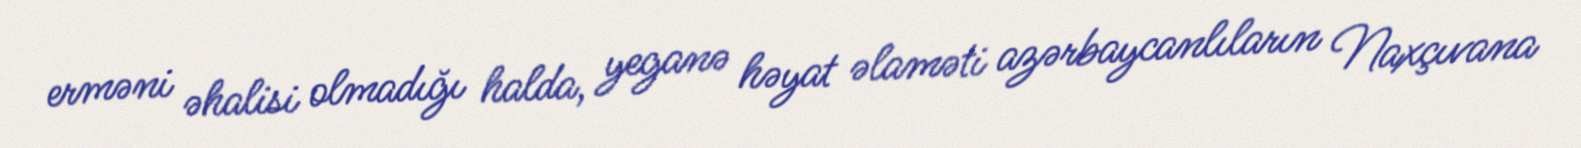
erməni əhalisi olmadığı halda, yeganə həyat əlaməti azərbaycanlıların Naxçıvana